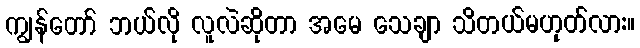
ကျွန်တော် ဘယ်လို လူလဲဆိုတာ အမေ သေချာ သိတယ်မဟုတ်လား။